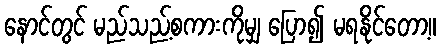
နောင်တွင် မည်သည့်စကားကိုမျှ ပြော၍ မရနိုင်တော့။